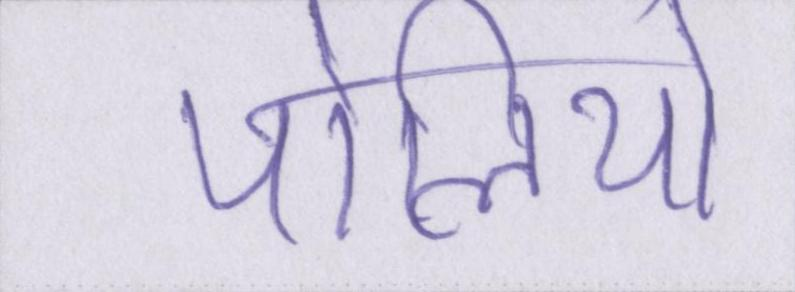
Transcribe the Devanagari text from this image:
पोलियो